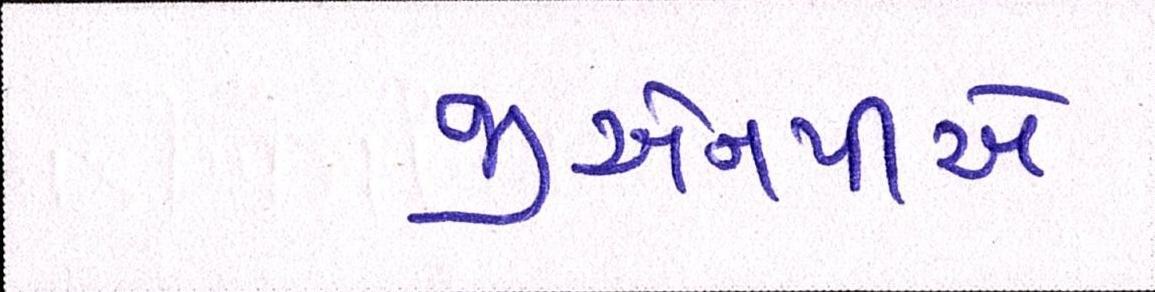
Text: જીએનપીએ